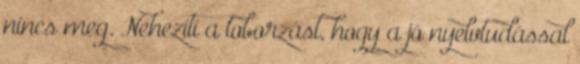
nincs meg. Nehezíti a toborzást, hogy a jó nyelvtudással